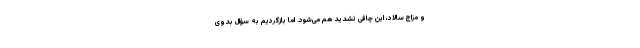
و مزاج سالاد، این چاقی تشدید هم می‌شود. اما بازگردیم به سؤال بدوی